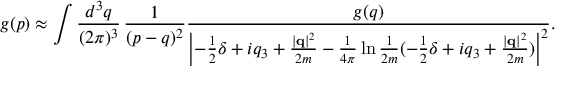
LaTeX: g ( p ) \approx \int \frac { d ^ { 3 } q } { ( 2 \pi ) ^ { 3 } } \, \frac { 1 } { ( p - q ) ^ { 2 } } \frac { g ( q ) } { \left| - \frac { 1 } { 2 } \delta + i q _ { 3 } + \frac { \left| { \bf q } \right| ^ { 2 } } { 2 m } - \frac { 1 } { 4 \pi } \ln \frac { 1 } { 2 m } ( - \frac { 1 } { 2 } \delta + i q _ { 3 } + \frac { \left| { \bf q } \right| ^ { 2 } } { 2 m } ) \right| ^ { 2 } } .